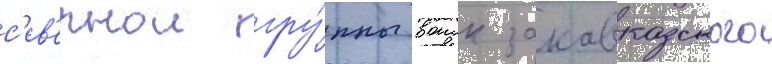
с'ев'ернои гру́ппы воиск закавказского